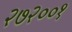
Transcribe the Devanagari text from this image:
२७२००१